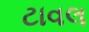
ટાવલ